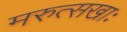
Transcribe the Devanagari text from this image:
मरुत्सखाः